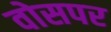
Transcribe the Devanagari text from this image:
वोसपर